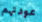
عودتهم